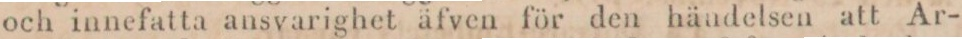
och innefatta ansvarighet äfven för den händelsen att Ar-